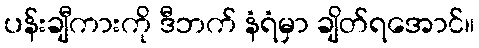
ပန်းချီကားကို ဒီဘက် နံရံမှာ ချိတ်ရအောင်။